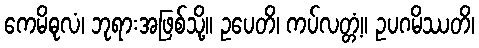
ကေမိဓုလံ၊ ဘုရားအဖြစ်သို့။ ဥပေတိ၊ ကပ်လတ္တံ့။ ဥပဂမိဿတိ၊